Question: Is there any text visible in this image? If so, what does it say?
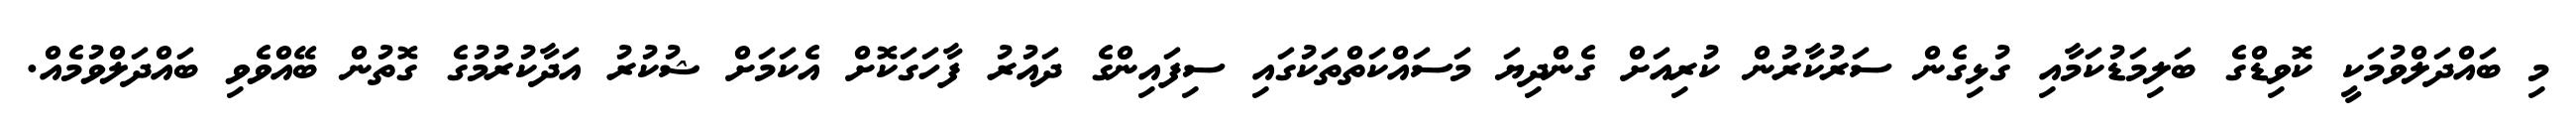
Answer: މި ބައްދަލްވުމަކީ ކޮވިޑްގެ ބަލިމަޑުކަމާއި ގުޅިގެން ސަރުކާރުން ކުރިއަށް ގެންދިޔަ މަސައްކަތްތަކުގައި ސިފައިންގެ ދައުރު ފާހަގަކޮށް އެކަމަށް ޝުކުރު އަދާކުރުމުގެ ގޮތުން ބޭއްވެވި ބައްދަލްވުމެއް.